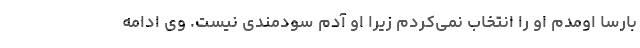
بارسا اومدم او را انتخاب نمی‌کردم زیرا او آدم سودمندی نیست. وی ادامه